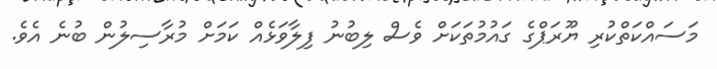
މަސައްކަތްކުރި ޔޫރަޕްގެ ގައުމުތަކަށް ވެސް ލިބުނު ފިލާވަޅެއް ކަމަށް މުރާސިލުން ބުނެ އެވެ.